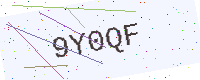
Text: 9Y0QF